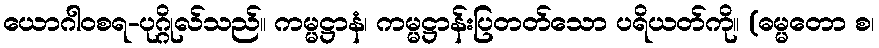
ယောဂါဝစရ-ပုဂ္ဂိုလ်သည်။ ကမ္မဋ္ဌာနံ၊ ကမ္မဋ္ဌာန်းပြတတ်သော ပရိယတ်ကို။ (ဓမ္မတော စ၊